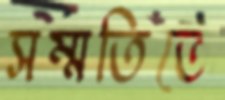
সম্মতিতে